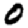
Digit: 0